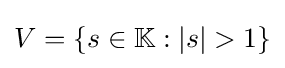
V=\left\{s\in \mathbb {K} :|s|>1\right\}